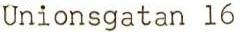
Unionsgatan 16